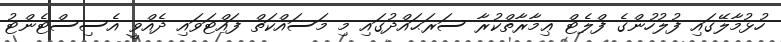
ހުޅުމާލޭގައި ފުލުހުންގެ ފްލެޓް ޢިމާރާތްކުރާ ސަރަޙައްދުގައި މި މަސައްކަތް ފައްޓަވައި ދެއްވީ އެސިސްޓެންޓު